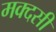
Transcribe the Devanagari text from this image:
मक्दसी